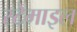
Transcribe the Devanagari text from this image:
स्टेमाइल